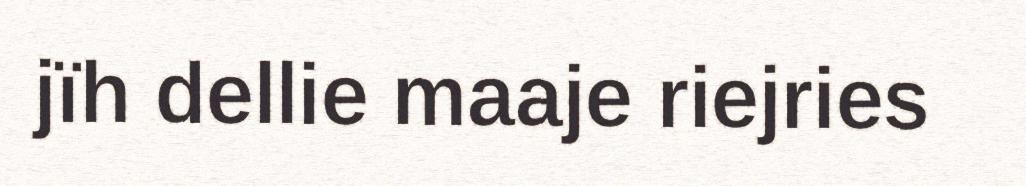
jïh dellie maaje riejries